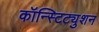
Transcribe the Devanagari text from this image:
कॉन्स्टिट्युशन